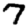
Digit: 7